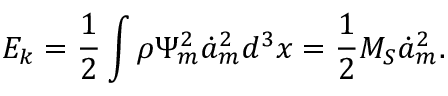
E _ { k } = \frac 1 2 \int \rho \Psi _ { m } ^ { 2 } \dot { a } _ { m } ^ { 2 } d ^ { 3 } x = \frac 1 2 M _ { S } \dot { a } _ { m } ^ { 2 } .